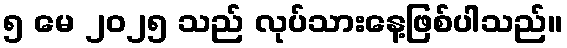
၅ မေ ၂၀၂၅ သည် လုပ်သားနေ့ဖြစ်ပါသည်။